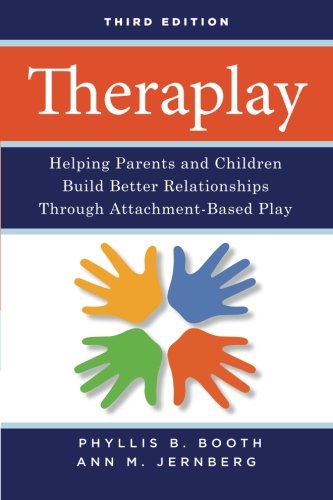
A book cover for Theraplay: Helping Parents and Children Build Better Relationships Through Attachment-Based Play; Phyllis B. Booth; Health, Fitness & Dieting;